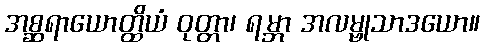
အစ္ဆရာယောတ္ထိယံ ဝုတ္တာ၊ ရမ္ဘာ အလမ္ဗုသာဒယော။